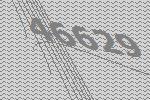
46629